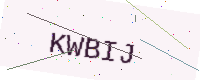
Text: KWBIJ